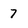
Character: 7